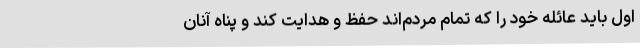
اول باید عائله خود را که تمام مردم‌اند حفظ و هدایت کند و پناه آنان